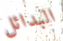
البدائل